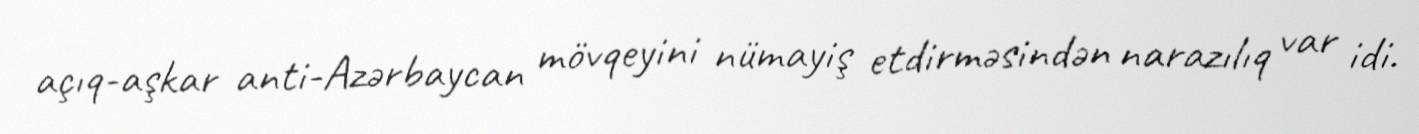
açıq-aşkar anti-Azərbaycan mövqeyini nümayiş etdirməsindən narazılıq var idi.